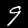
Label: 9